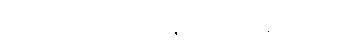
ပထမဆုံး မွေ့ယာကြီးနှစ်ချပ်သယ်ချလာတယ်။